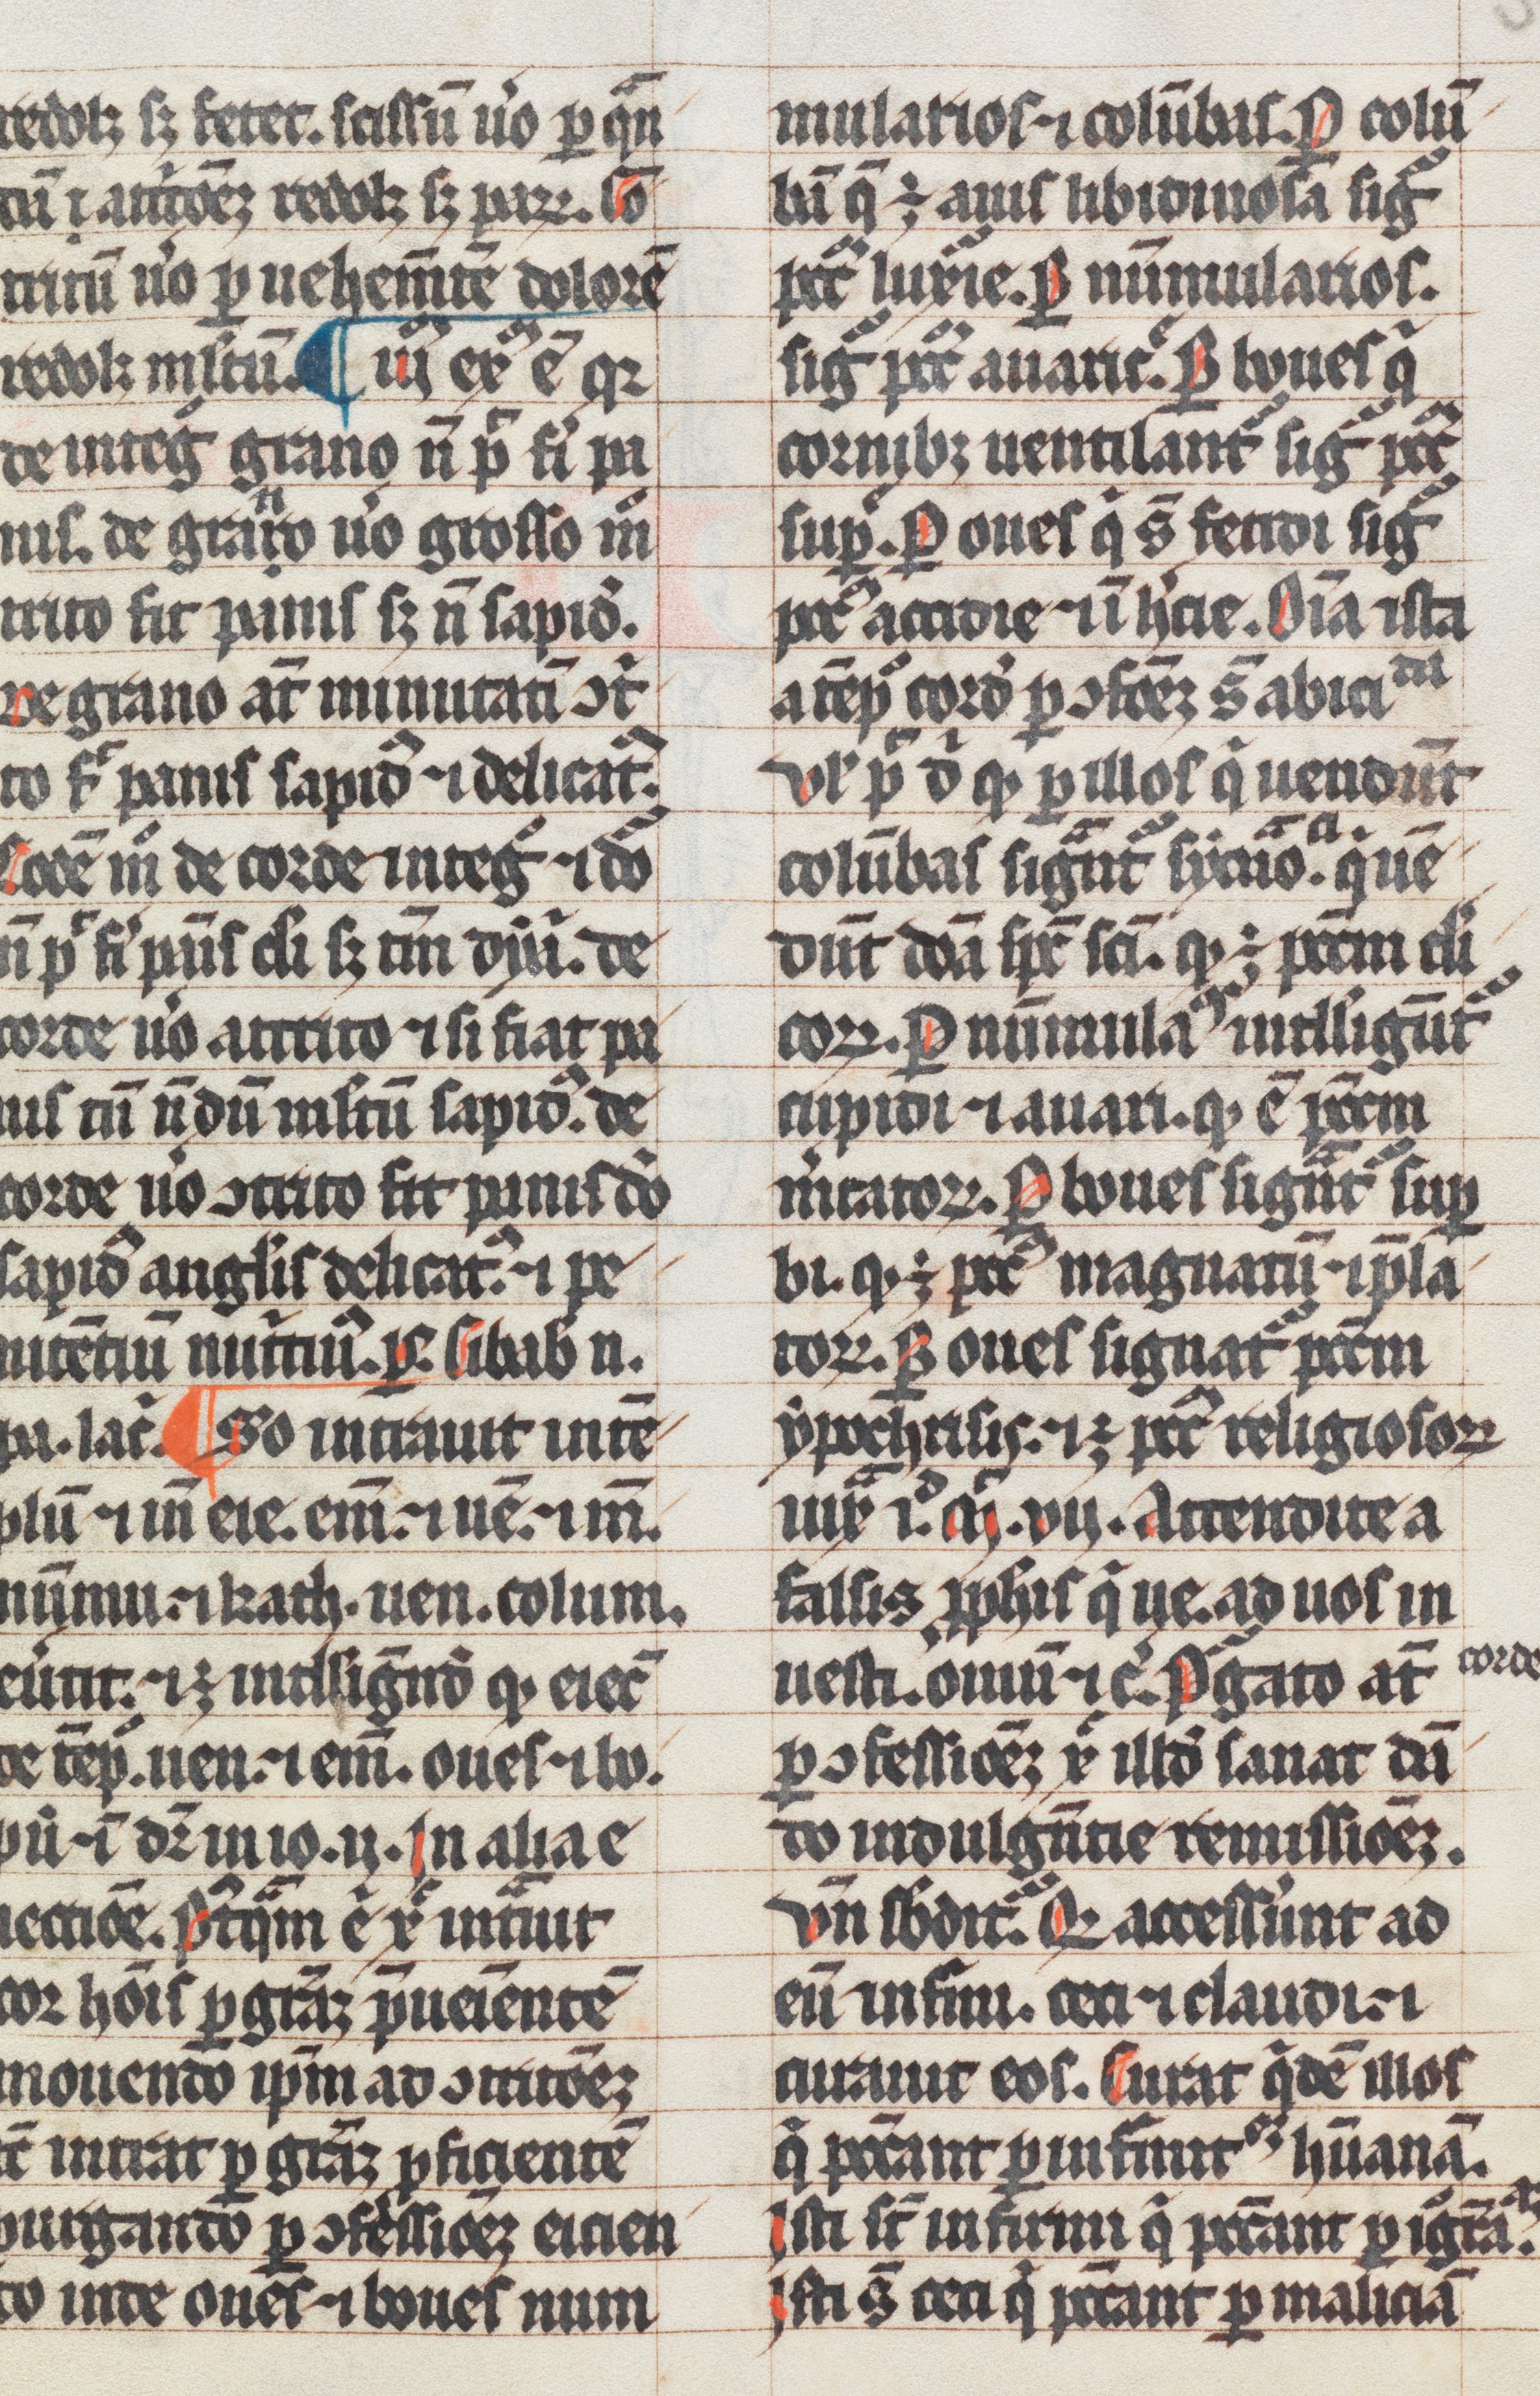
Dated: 1300–1399